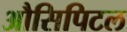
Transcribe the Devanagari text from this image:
औसिपिटल